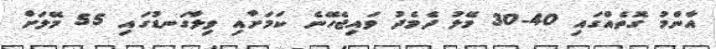
އާންމު ގޮތެއްގައި 40-30 މޭލު ދެމެދު ވައިޖެހޭނެ ކަމަށާއި ވިލާގަނޑުގައި 55 މޭލަށް